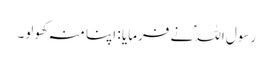
رسول اللہؐ نے فرمایا : اپنا منہ کھولو۔